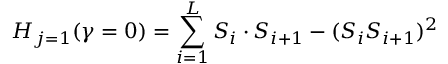
H _ { j = 1 } ( \gamma = 0 ) = \sum _ { i = 1 } ^ { L } S _ { i } \cdot S _ { i + 1 } - ( S _ { i } S _ { i + 1 } ) ^ { 2 }